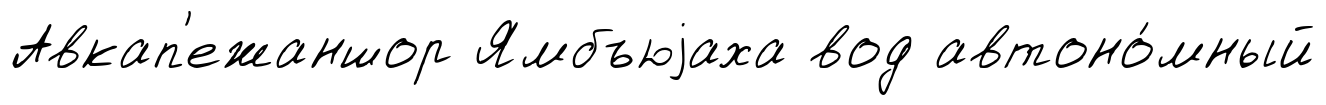
Авкап'ежаншор Ямбъюjаха вод автоно́мный